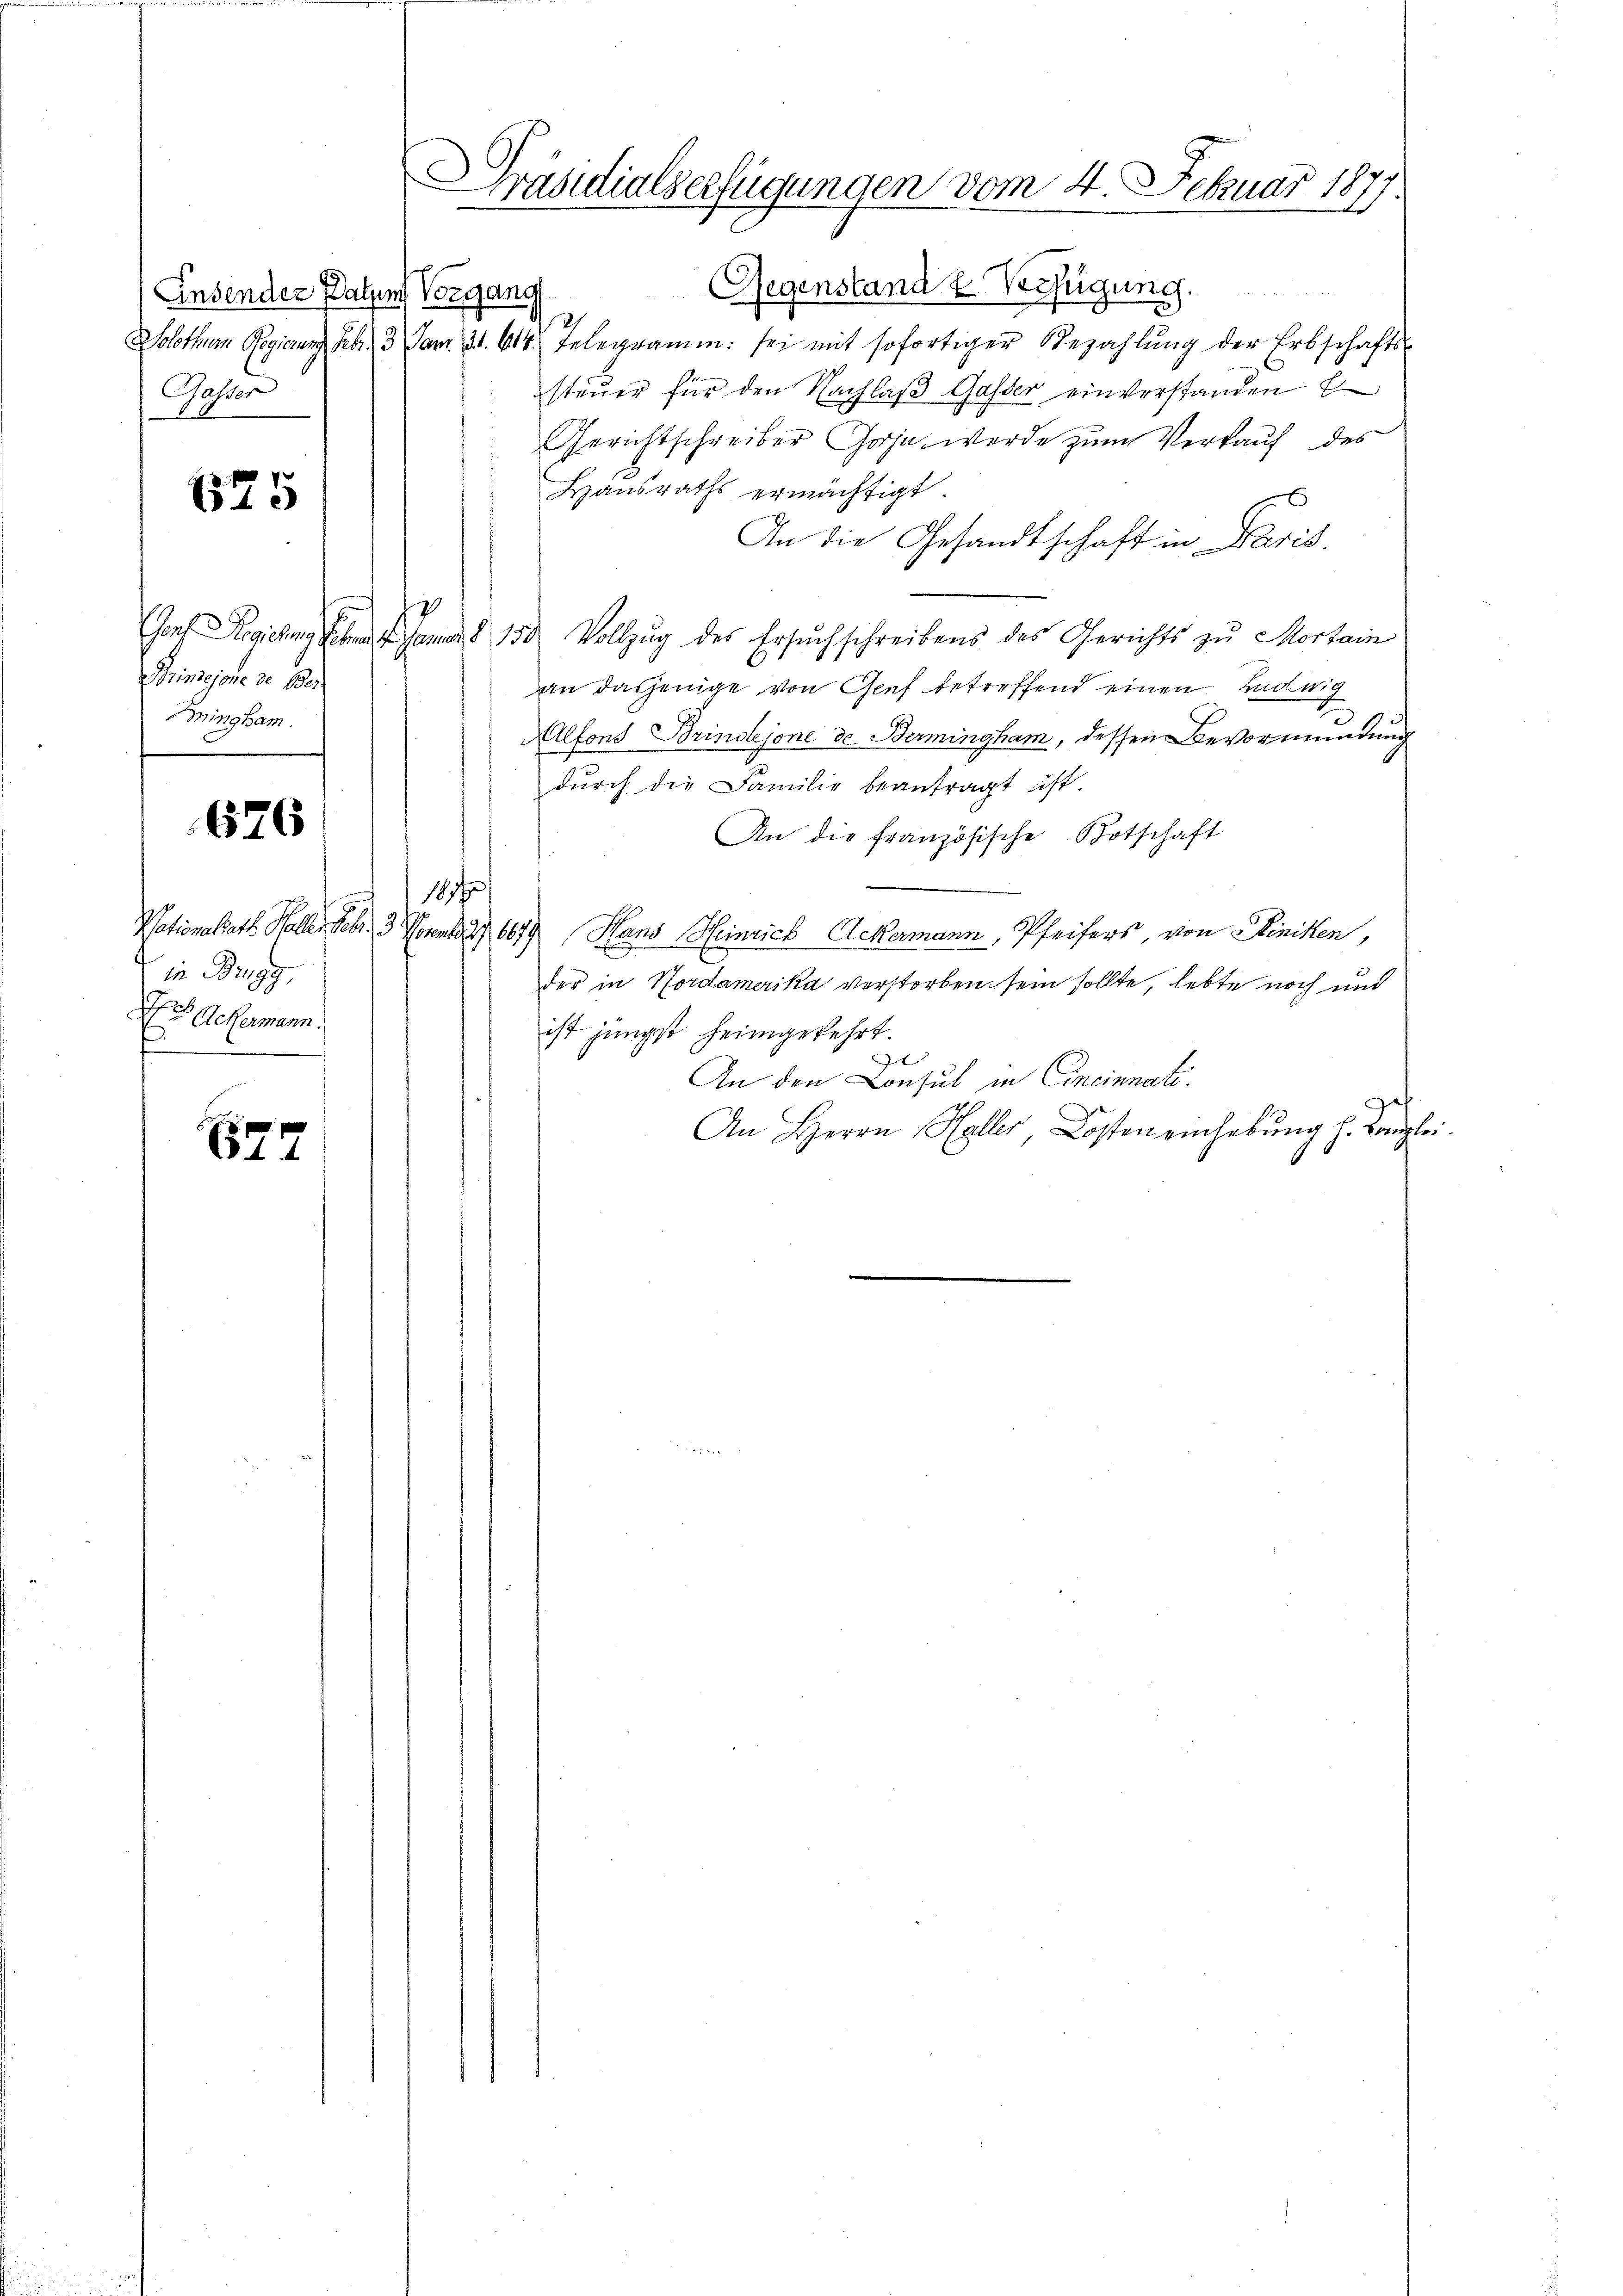
Ensender Paten Vorgang
Gasser

625

Brinejone de Ber
Bringham.

676

in Brugg,
Si. Geklamann.
f

677

Gegenstand & Verfügung.
Solothurn Regierung Febr. 3 Fr. 31. 614. Telegramm sei mit sofortiger Bezahlŭng der Erbschafts-
steuer für den Nachlaβ Gasser einverstanden E
Gerichtschreiber Gooja werde zum Verkauf des
Hausraths ermächtigt.
An die Gesandtschaft in Paris.
Gorf Regieng. Jan. 150 Vollzug des Ersuchschreibens des Gerichts zu Mortain
an dasjenige von Genf betreffend einen Hedwig
Alfons Brindejone de Bermingham, dessen Bevormundung
dŭrch die Familie beantragt ist.
An die französische Botschaft
18
Nationalrath Haller Febr. 3. November 1879 Hans Heinrich Ackermann, Pfeifers, von Hiniken,
der in Nordamerika verstorben sein sollte, lebte noch und
ist jüngst heimgekehrt.
An den Consul in Cincinnati
ge
An Herrn Haller, Kosten einhebung h. Kanzlei.

Präsidialserfügungen vom 4. Februar 1877.
n